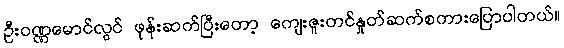
ဦးဝဏ္ဏမောင်လွင် ဖုန်းဆက်ပြီးတော့ ကျေးဇူးတင်နှုတ်ဆက်စကားပြောပါတယ်။